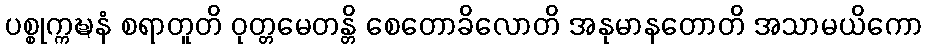
ပစ္စုက္ကဍ္ဎနံ စရာတူတိ ဝုတ္တမေတန္တိ စေတောခိလောတိ အနုမာနတောတိ အသာမယိကော